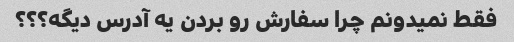
فقط نمیدونم چرا سفارش رو بردن یه آدرس دیگه؟؟؟